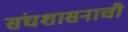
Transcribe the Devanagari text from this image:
संघशासनाची